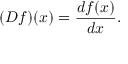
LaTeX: ( D f ) ( x ) = { \frac { d f ( x ) } { d x } } .